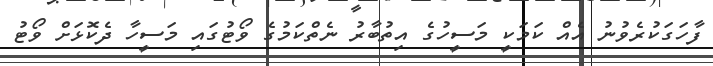
ފާހަގަކުރެވުނު އެއް ކަމަކީ މަސީހުގެ އިތުބާރު ނެތްކަމުގެ ވޯޓުގައި މަސީހާ ދެކޮޅަށް ވޯޓު